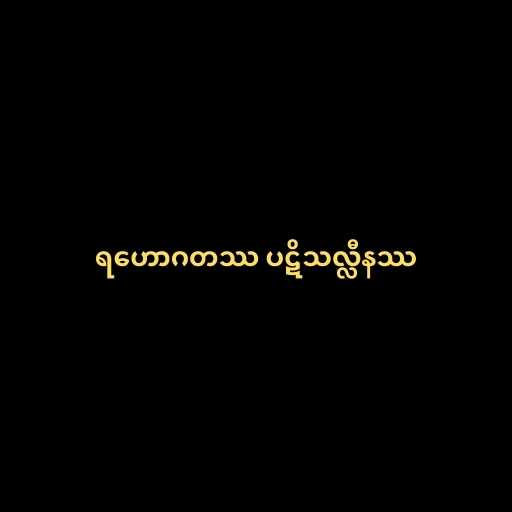
ရဟောဂတဿ ပဋိသလ္လီနဿ